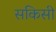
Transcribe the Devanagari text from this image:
सकिसी